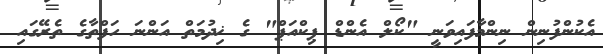
އެކުންފުނިން ނިންމާފައިވަނީ "ކޯލް އެންޑް ޕިކްއަޕް" ގެ ޚިދުމަތް އަންނަ ހަފްތާގެ ތެރޭގައި